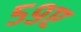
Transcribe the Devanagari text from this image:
५९ए